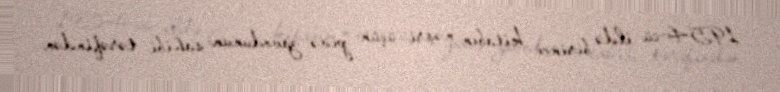
1954-cü ildə birinci kitabın nəşri üçün pivə zavodunun sahibi tərəfindən